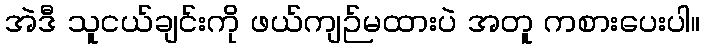
အဲဒီ သူငယ်ချင်းကို ဖယ်ကျဉ်မထားပဲ အတူ ကစားပေးပါ။